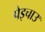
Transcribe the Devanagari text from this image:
पेइचाउ